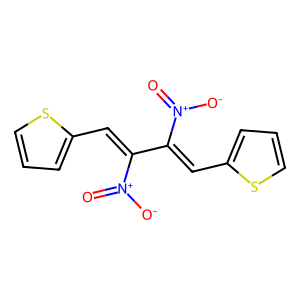
SMILES: O=[N+]([O-])C(=Cc1cccs1)C(=Cc1cccs1)[N+](=O)[O-]
Inhibits HIV replication: No